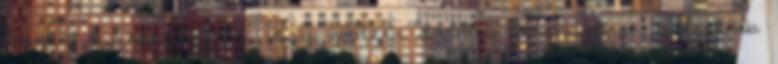
legyen az klasszikus vagy modern dráma. Bernhardnak a legtöbb